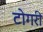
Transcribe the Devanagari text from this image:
टोगरी